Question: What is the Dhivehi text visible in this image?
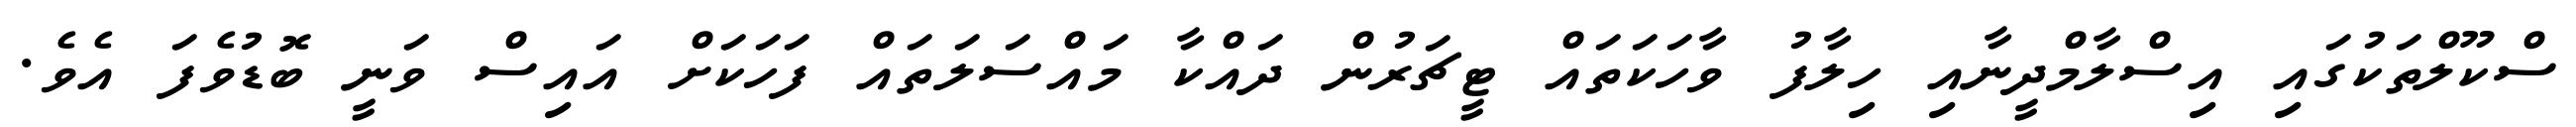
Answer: ސްކޫލްތަކުގައި އިސްލާމްދީނާއި ހިލާފު ވާހަކަތައް ޓީޗަރުން ދައްކާ މައްސަލަތައް ފަހަކަށް އައިސް ވަނީ ބޮޑުވެފަ އެވެ.